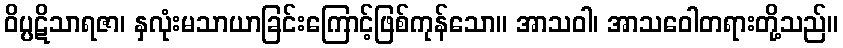
ဝိပ္ပဋိသာရဇာ၊ နှလုံးမသာယာခြင်းကြောင့်ဖြစ်ကုန်သော။ အာသဝါ၊ အာသဝေါတရားတို့သည်။